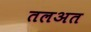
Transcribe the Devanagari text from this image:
तलअत